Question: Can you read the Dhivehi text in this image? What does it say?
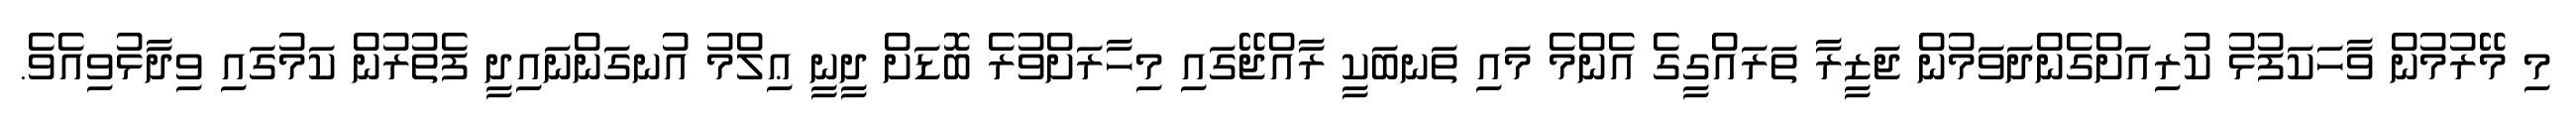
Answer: މި މޭރުމުން ވާހަކަފުޅު ކުރިއަށްގެންދަވަމުން ޖަޒީރާ ތަރައްގީގެ އެންމެ މައި ތަނބަކީ ރާއްޖޭގައި މިހާރަށްވުރެ ބޮޑަށް ދީނީ ޢިލްމު އުނގަންނައިދީ ފެތުރުން ކަމުގައި ވިދާޅުވިއެވެ.